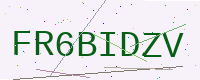
Text: FR6BIDZV